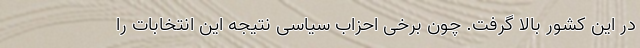
در این کشور بالا گرفت. چون برخی احزاب سیاسی نتیجه این انتخابات را